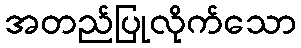
အတည်ပြုလိုက်သော